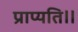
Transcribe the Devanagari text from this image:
प्राप्यति॥